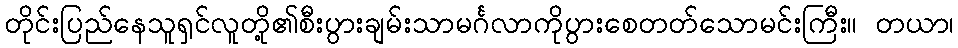
တိုင်းပြည်နေသူရှင်လူတို့၏စီးပွားချမ်းသာမင်္ဂလာကိုပွားစေတတ်သောမင်းကြီး။ တယာ၊